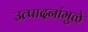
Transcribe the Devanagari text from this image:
उत्पादनांमुळे